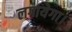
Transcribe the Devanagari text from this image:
लगायेगा।